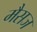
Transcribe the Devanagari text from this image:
मैसज